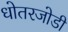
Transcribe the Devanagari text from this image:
धोतरजोडी